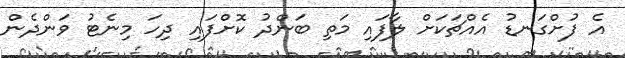
އެ ފުށްގަނޑު އެއްޗަކަށް ލާފައި މަތި ބަންދު ކޮށްފައި ދިހަ މިނެޓު ވަންދެން